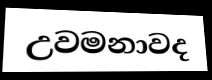
උවමනාවද